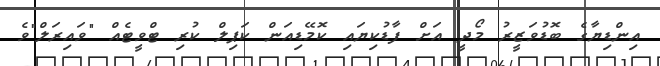
އިންޑިޔާގެ ބޮޑުވަޒީރު މޯދީ އަށް ފާޑުކިޔައި ކޮމޭޑިއަން ކަޕިލް ކުރި ޓްވީޓެއް "ވައިރަލް"ވެ